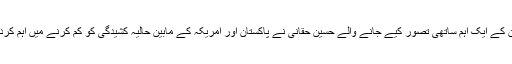
صدر پاکستان کے ایک اہم ساتھی تصور کیے جانے والے حسین حقانی نے پاکستان اور امریکہ کے مابین حالیہ کشیدگی کو کم کرنے میں اہم کردار ادا کیا تھا۔